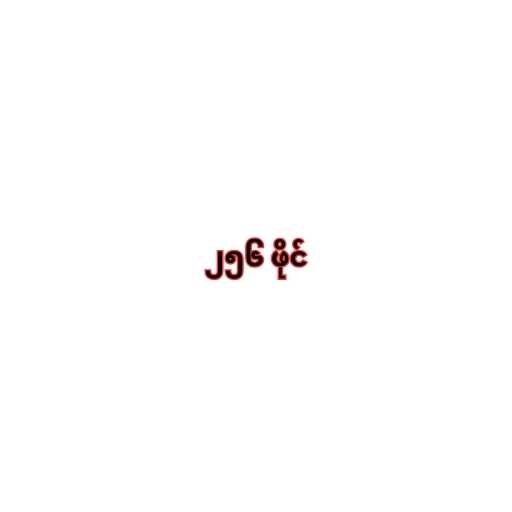
၂၅၆ ဖိုင်